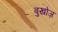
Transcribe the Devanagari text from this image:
बुखोज़